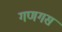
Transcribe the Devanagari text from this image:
गणगस